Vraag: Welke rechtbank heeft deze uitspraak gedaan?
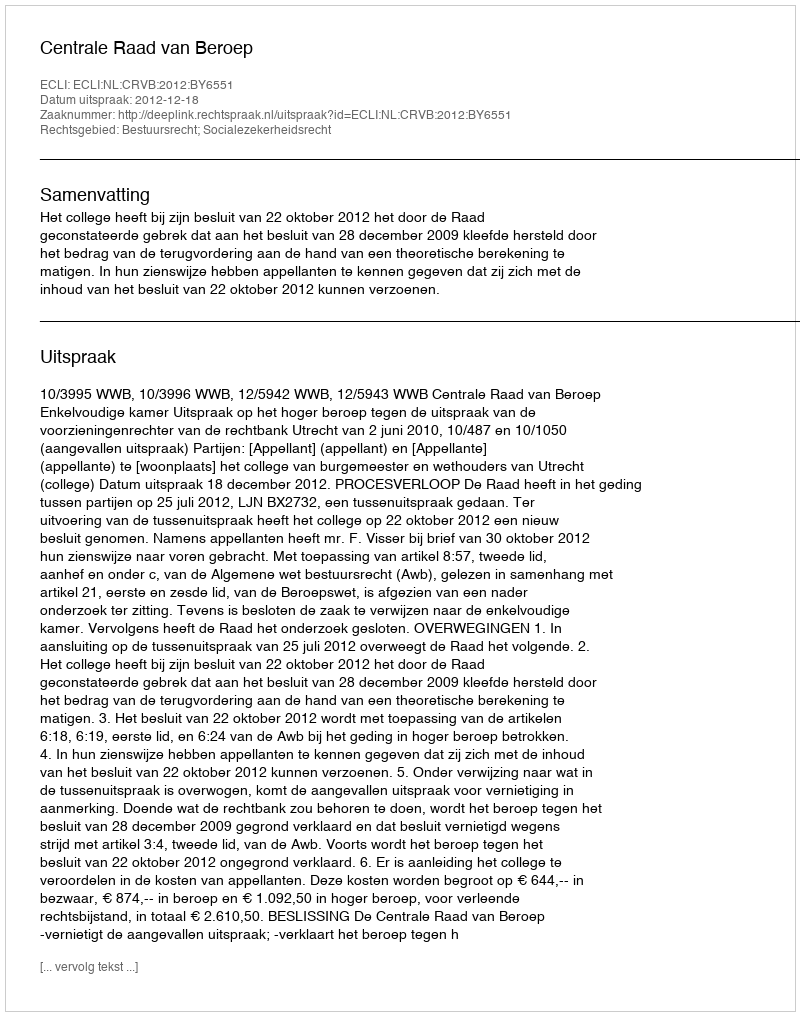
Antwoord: Centrale Raad van Beroep